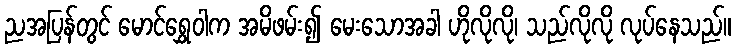
ညအပြန်တွင် မောင်ရွှေဝါက အမိဖမ်း၍ မေးသောအခါ ဟိုလိုလို၊ သည်လိုလို လုပ်နေသည်။